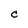
Character: C